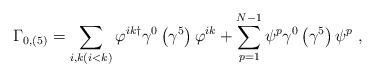
LaTeX: \begin{align*}\Gamma_{0,\left(5\right)}=\sum _{i,k(i<k)} \varphi^{ik\dagger}\gamma^{0}\left(\gamma^{5}\right)\varphi^{ik}+\sum_{p=1}^{N-1} \psi^{p}\gamma^{0}\left(\gamma^{5}\right)\psi^{p}\ ,\end{align*}